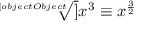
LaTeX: \overset { } { \underset { } { { \sqrt [ [object Object] ] { x ^ { 3 } } } \equiv x ^ { \frac { 3 } { 2 } } } }